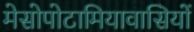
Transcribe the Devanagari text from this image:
मेसोपोटामियावासियों